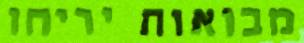
מבואות יריחו